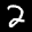
Label: 2